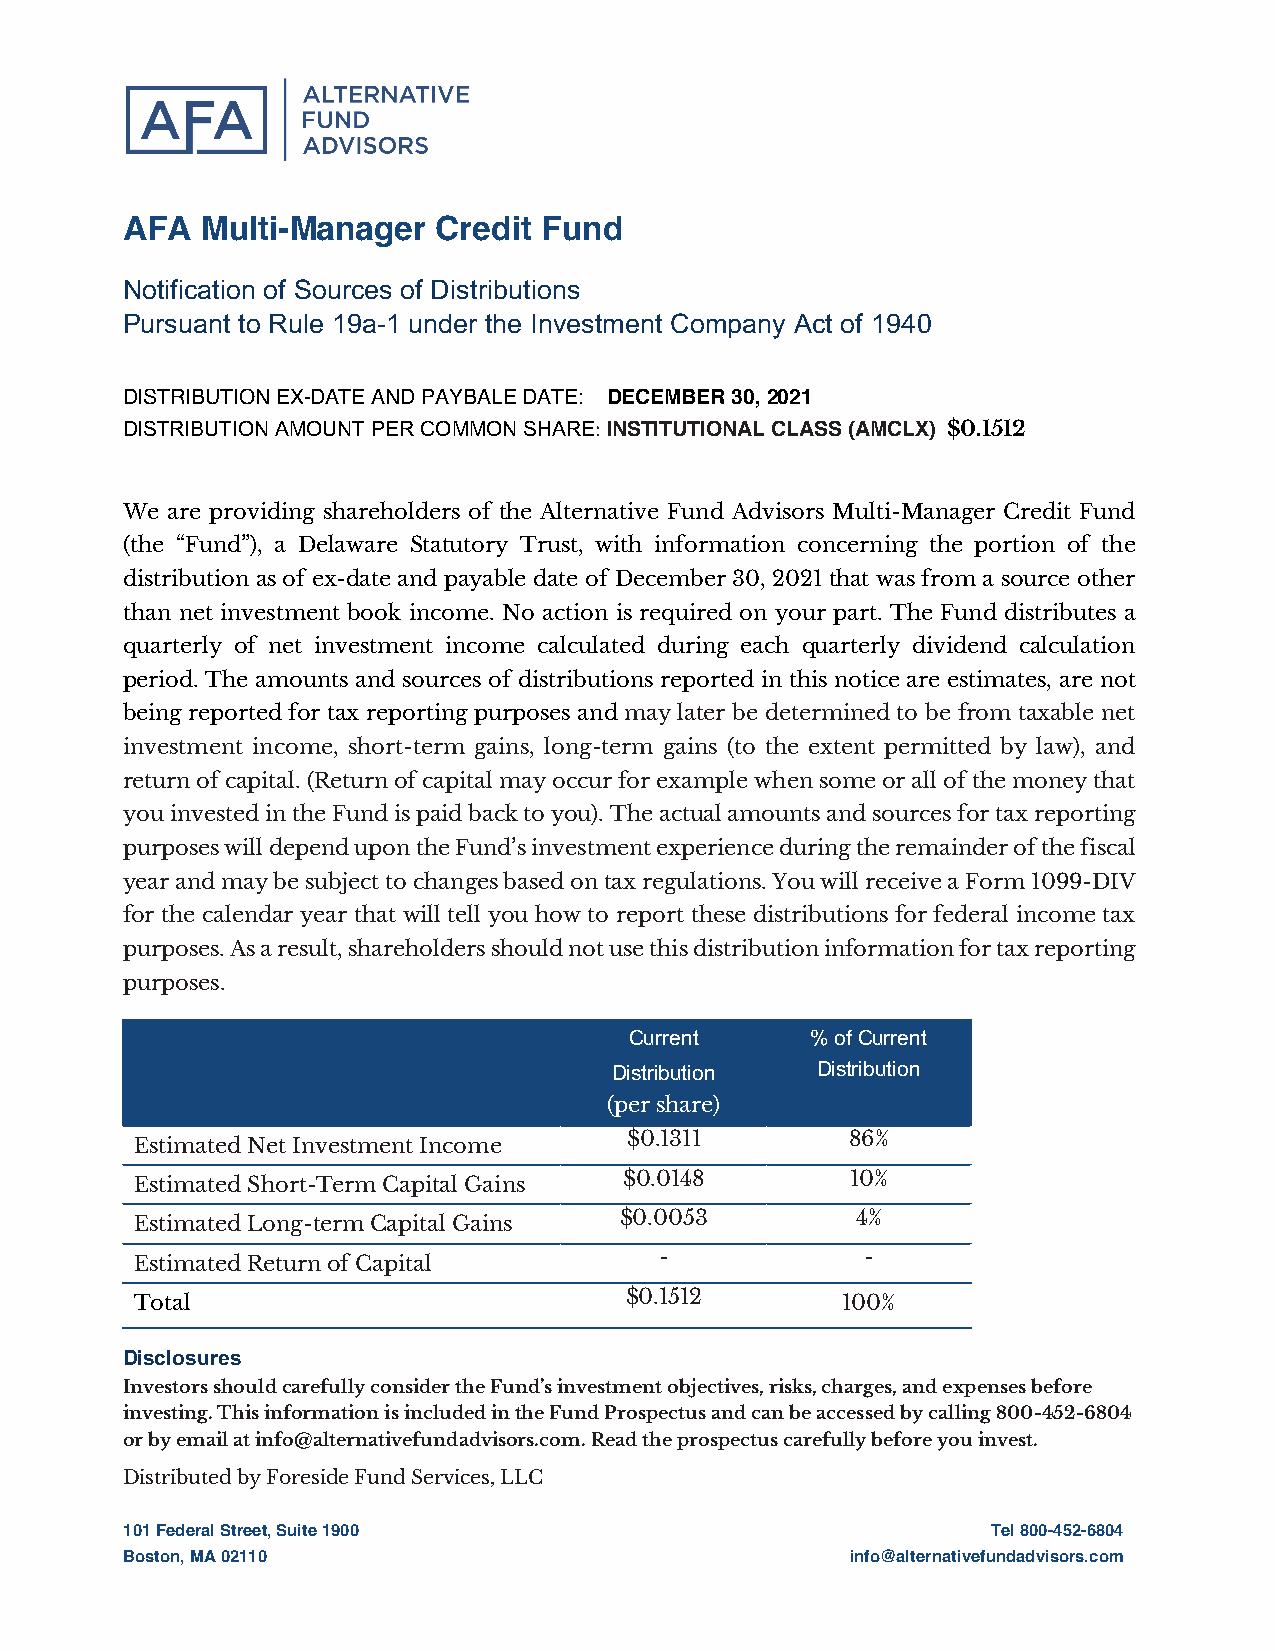
AFA  Multi-Manager   Credit Fund
 Notification of Sources of Distributions
 Pursuant to Rule 19a-1 under the Investment Company Act of 1940
 DISTRIBUTION EX-DATE AND PAYBALE DATE: DECEMBER 30, 2021
 DISTRIBUTION AMOUNT PER COMMON SHARE: INSTITUTIONAL CLASS (AMCLX) $0.1512
 We are providing shareholders of the Alternative Fund Advisors Multi-Manager Credit Fund
 (the “Fund”), a Delaware Statutory Trust, with information concerning the portion of the
 distribution as of ex-date and payable date of December 30, 2021 that was from a source other
 than net investment book income. No action is required on your part. The Fund distributes a
 quarterly of net investment income calculated during each quarterly dividend calculation
 period. The amounts and sources of distributions reported in this notice are estimates, are not
 being reported for tax reporting purposes and may later be determined to be from taxable net
 investment income, short-term gains, long-term gains (to the extent permitted by law), and
 return of capital. (Return of capital may occur for example when some or all of the money that
 you invested in the Fund is paid back to you). The actual amounts and sources for tax reporting
 purposes will depend upon the Fund’s investment experience during the remainder of the fiscal
 year and may be subject to changes based on tax regulations. You will receive a Form 1099-DIV
 for the calendar year that will tell you how to report these distributions for federal income tax
 purposes. As a result, shareholders should not use this distribution information for tax reporting
 purposes.
 Current     % of Current
 Distribution Distribution
 (per share)
 $0.1311       86%
 Estimated Net Investment Income
 $0.0148        10%
 Estimated Short-Term Capital Gains
 $0.0053         4%
 Estimated Long-term Capital Gains
 -            -
 Estimated Return of Capital
 $0.1512
 Total                                          100%
 Disclosures
 Investors should carefully consider the Fund’s investment objectives, risks, charges, and expenses before
 investing. This information is included in the Fund Prospectus and can be accessed by calling 800-452-6804
 or by email at info@alternativefundadvisors.com. Read the prospectus carefully before you invest.
 Distributed by Foreside Fund Services, LLC
 101 Federal Street, Suite 1900                            Tel 800-452-6804
 Boston, MA 02110                                info@alternativefundadvisors.com